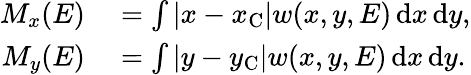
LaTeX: \begin{array}{rl}{M_{x}(E)}&{{}=\int|x-x_{\mathrm{C}}|w(x,y,E)\, \mathrm{d}x\, \mathrm{d}y,}\\ {M_{y}(E)}&{{}=\int|y-y_{\mathrm{C}}|w(x,y,E)\, \mathrm{d}x\, \mathrm{d}y.}\end{array}